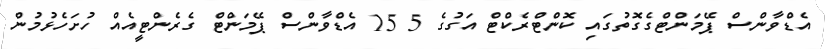
އެޑްވާންސް ޕޭމަންޓްގެގޮތުގައި ކޮންޓްރެކްޓް އަގުގެ 5 15 އެޑްވާންސް ޕޭމަންޓް ގެރެންޓީއެއް ހުށަހެޅުމުން